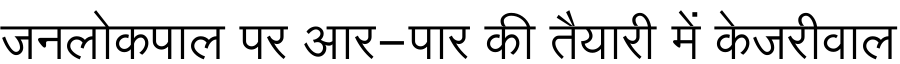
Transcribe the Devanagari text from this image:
जनलोकपाल पर आर-पार की तैयारी में केजरीवाल